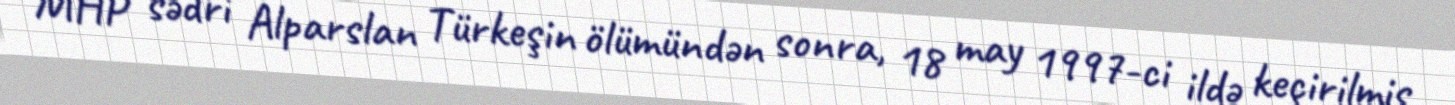
MHP sədri Alparslan Türkeşin ölümündən sonra, 18 may 1997-ci ildə keçirilmiş